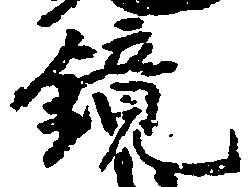
鏡